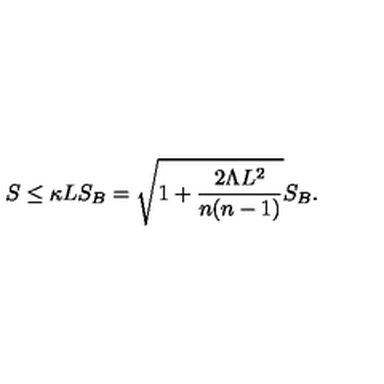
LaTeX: S \leq \kappa L S _ { B } = \sqrt { 1 + { \frac { 2 \Lambda L ^ { 2 } } { n ( n - 1 ) } } } S _ { B } .